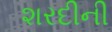
શરદીની